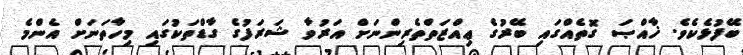
ބޭފުޅެކެވެ. ޚާއްޞަ ގޮތެއްގައި ބޭރުގެ ޢިއްޒަތްތެރިންނަށް އަރުވާ ޝަރަފުގެ ގާޑްތަކުގައި މިހާތަނަށް އެންމެ